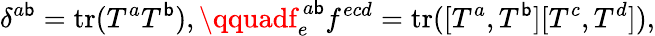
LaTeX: \delta^{a\mathsf{b}}=\mathrm{{tr}}(T^{a}T^{\mathsf{b}}),\qquadf_{e}^{\ a\mathsf{b}}f^{ecd}=\mathrm{{tr}}([T^{a},T^{\mathsf{b}}][T^{c},T^{d}]),